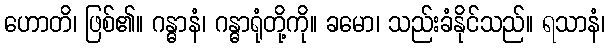
ဟောတိ၊ ဖြစ်၏။ ဂန္ဓာနံ၊ ဂန္ဓာရုံတို့ကို။ ခမော၊ သည်းခံနိုင်သည်။ ရသာနံ၊